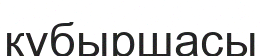
кұбыршасы